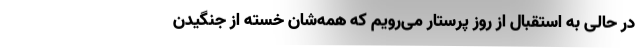
در حالی به استقبال از روز پرستار می‌رویم که همه‌شان خسته از جنگیدن